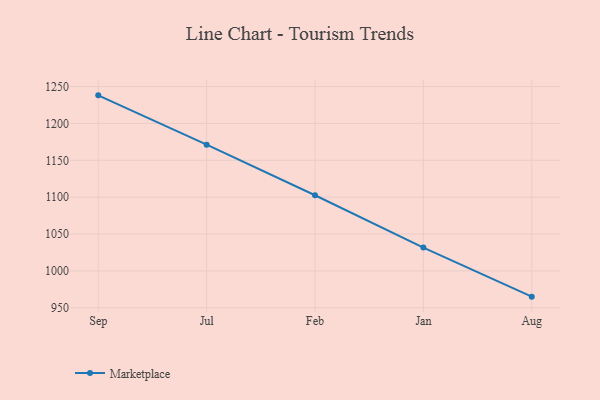
{"axis": {"x": "Month", "y": "Net Income (USD K)"}, "legend": ["Marketplace"], "data": [{"x": "Sep", "y": 1238.1, "type": "Marketplace"}, {"x": "Jul", "y": 1171.2, "type": "Marketplace"}, {"x": "Feb", "y": 1102.6, "type": "Marketplace"}, {"x": "Jan", "y": 1031.6, "type": "Marketplace"}, {"x": "Aug", "y": 965.1, "type": "Marketplace"}]}